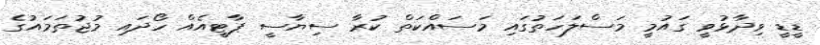
ޑީޑީ ވިދާޅުވީ ގައުމީ މަސްލަހަތުގައި މަސައްކަތް ކުރާ ސިޔާސީ ޕާޓީއެއް ހޯދައި މުޖުތަމައުގެ